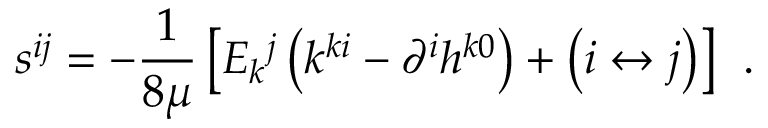
s ^ { i j } = - \frac 1 { 8 \mu } \left[ { \cal E } _ { k } { } ^ { j } \left( k ^ { k i } - \partial ^ { i } h ^ { k 0 } \right) + \left( i \leftrightarrow j \right) \right] \; \, .